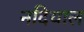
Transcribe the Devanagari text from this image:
नदियाल